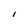
Character: l